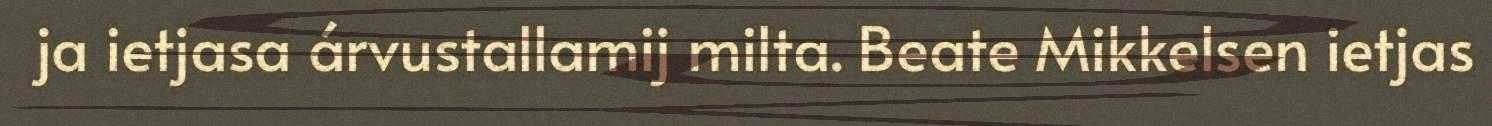
ja ietjasa árvustallamij milta. Beate Mikkelsen ietjas